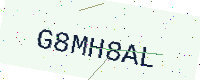
Text: G8MH8AL